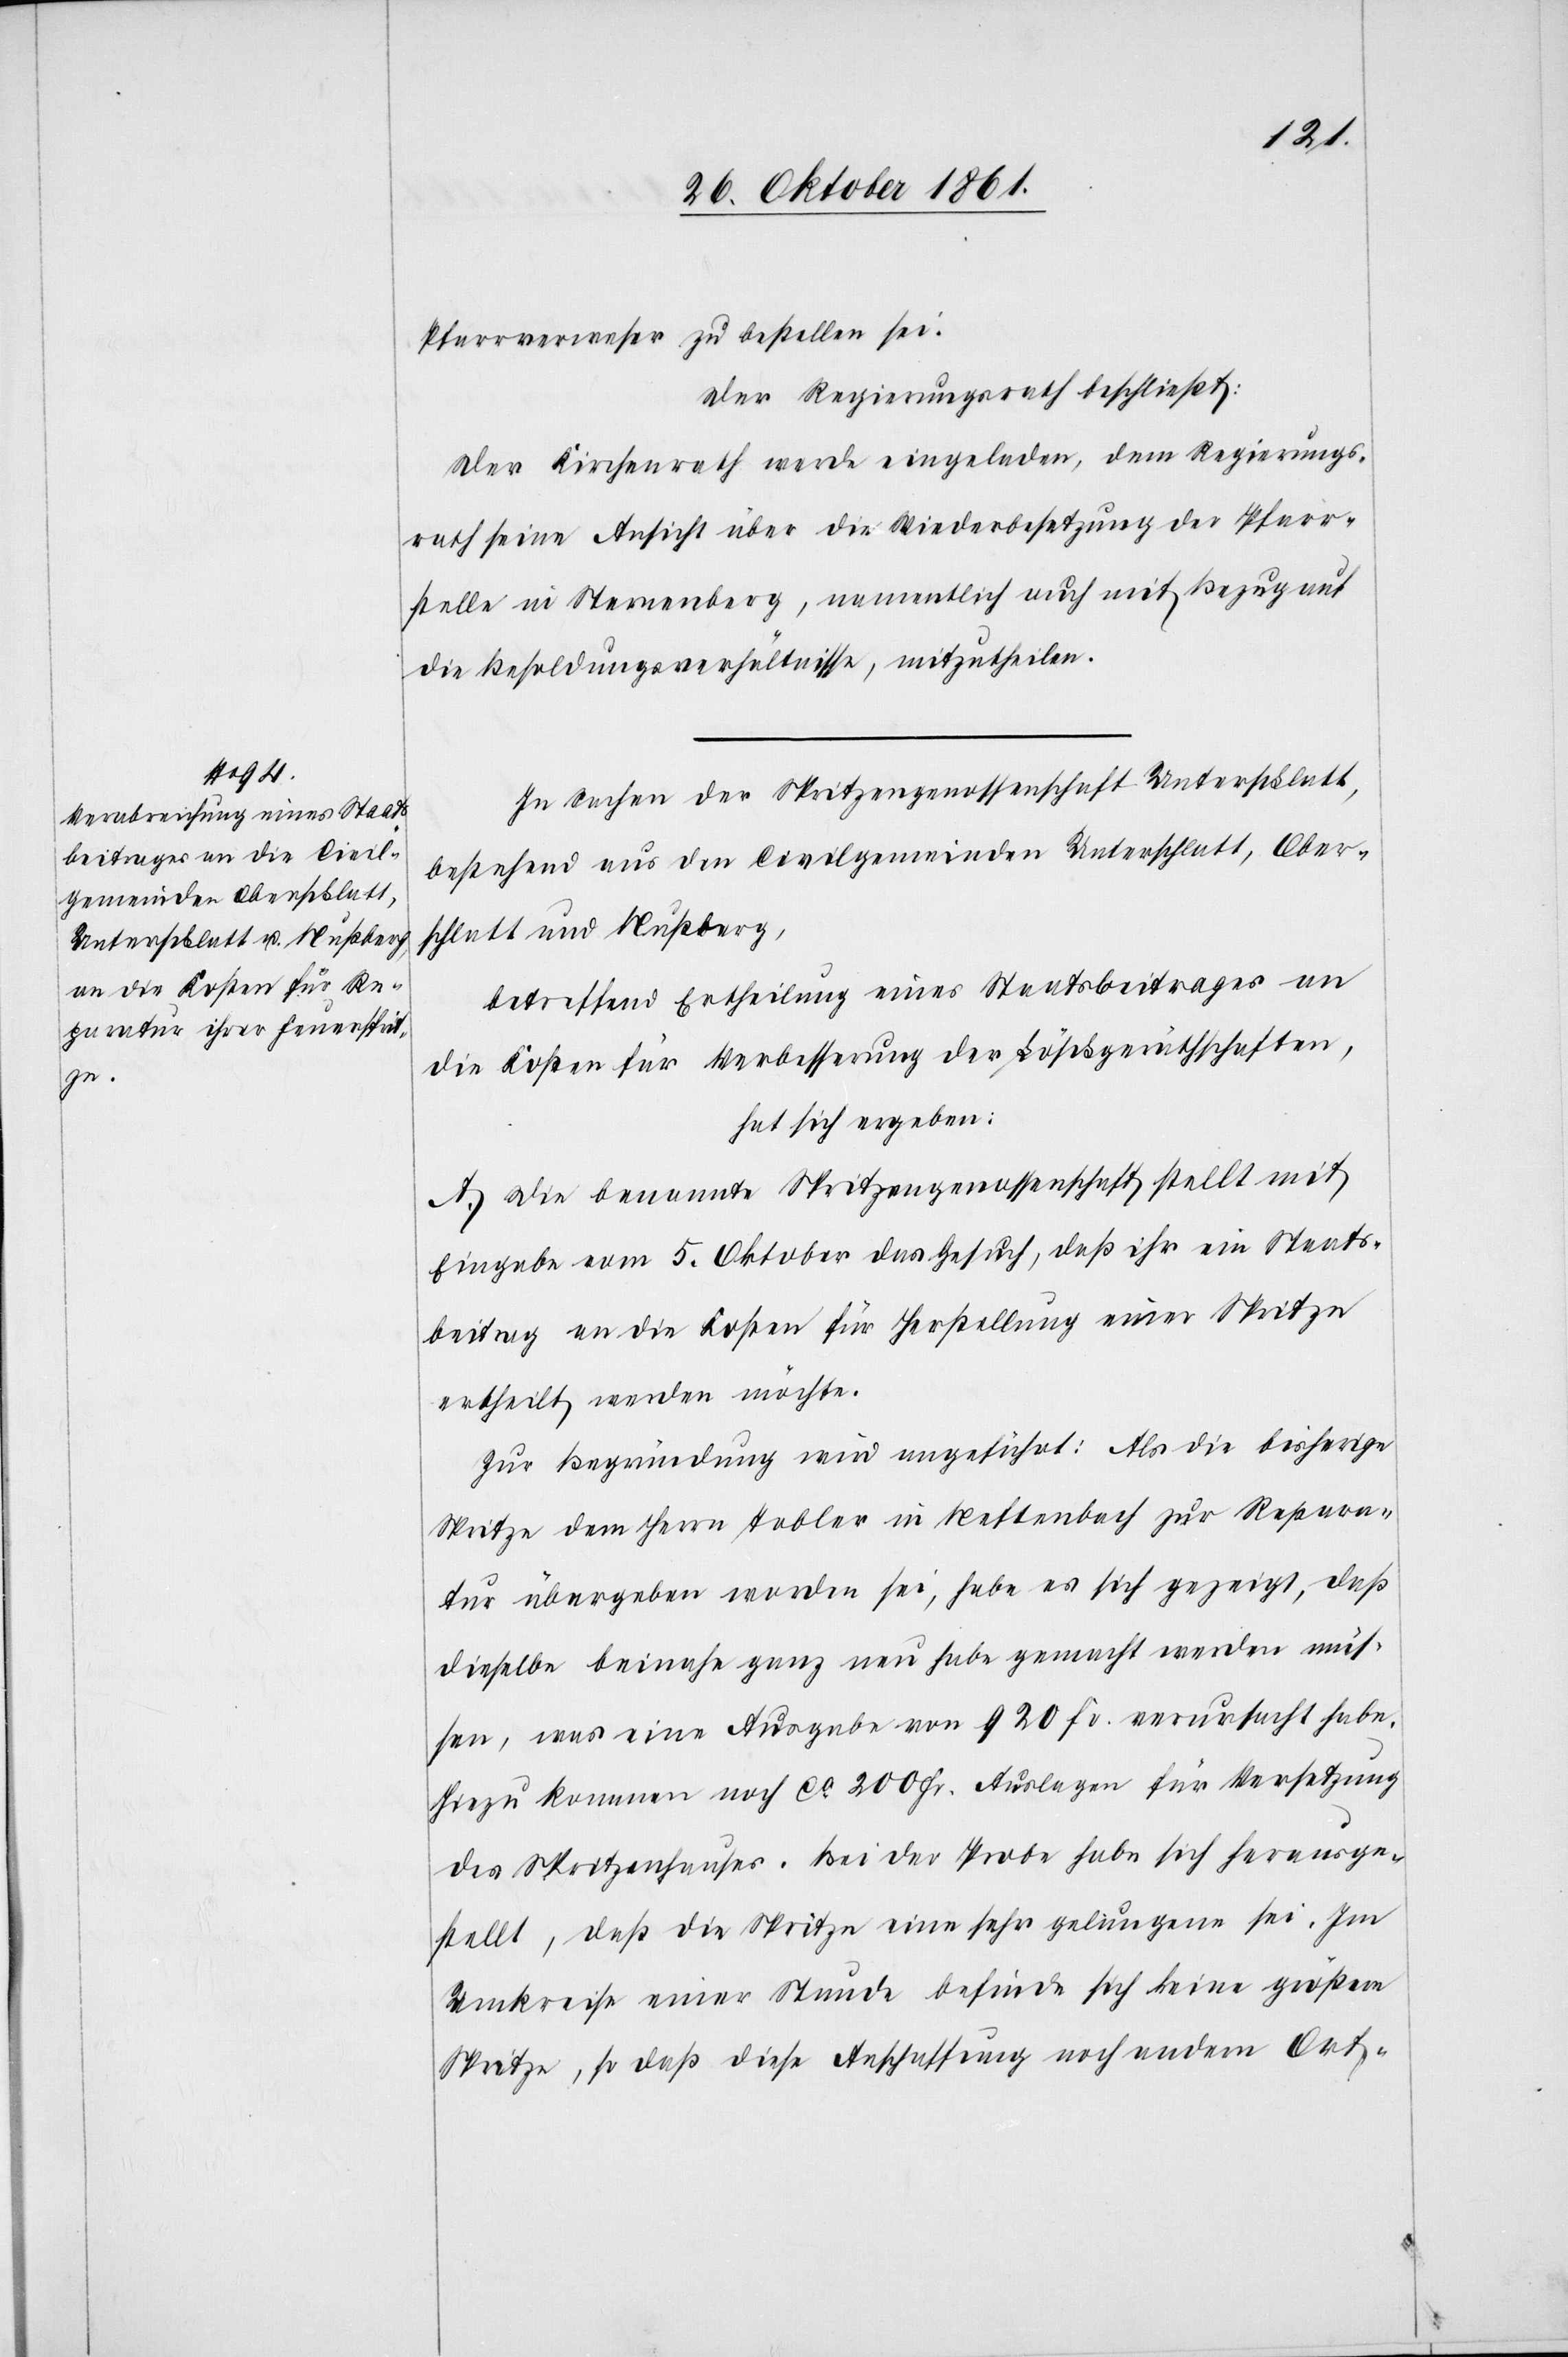
Pfarrverweser zu bestellen sei.
Der Regierungsrath beschließt:
Der Kirchenrath werde eingeladen, dem Regierungs¬
rath seine Ansicht über die Wiederbesetzung der Pfarr¬
stelle in Sternenberg, namentlich auch mit Bezug auf
die Besoldungsverhältnisse, mitzutheilen.
In Sachen der Spritzengenossenschaft Unterschlatt,
bestehend aus den Civilgemeinden Unterschlatt, Ober¬
schlatt und Nußberg,
betreffend Ertheilung eines Staatsbeitrages an
die Kosten für Verbesserung der Löschgeräthschaften,
hat sich ergeben:
A. Die benannte Spritzengenossenschaft stellt mit
Eingabe vom 5 Oktober das Gesuch, daß ihr ein Staats¬
beitrag an die Kosten für Herstellung einer Spritze
ertheilt werden müßte.
Zur Begründung wird angeführt: Als die bisherige
Spritze dem Herrn Tobler in Neftenbach zur Repara¬
tur übergeben worden sei, habe es sich gezeigt, daß
dieselbe beinahe ganz neu habe gemacht werden müs¬
sen, was eine Ausgabe von 920 Fr. verursacht habe.
Hiezu kommen noch ca 200 Fr. Auslagen für Versetzung
des Spritzenhauses. Bei der Probe habe sich herausge¬
stellt, daß die Spritze eine sehr gelungene sei. Im
Umkreise einer Stunde befinde sich keine größere
Spritze, so daß diese Anschaffung noch andern Ort-